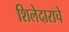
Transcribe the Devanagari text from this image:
शिलेदाराचे